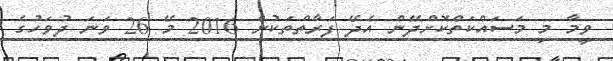
ވީމާ މި މަސައްކަތްކޮށްދޭން އެދޭ ފަރާތްތަކުން 2016 މޭ 26 ވަނަ ދުވަހުގެ